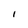
Character: I